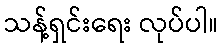
သန့်ရှင်းရေး လုပ်ပါ။